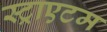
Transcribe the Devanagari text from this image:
स्ट्राएटम